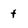
Character: t